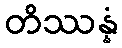
တိဿန္နံ